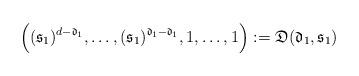
LaTeX: \begin{align*} \Big( ( \mathfrak{s}_1 )^{d- \mathfrak{d}_1 }, \dots, ( \mathfrak{s}_1 )^{\mathfrak{d}_1- \mathfrak{d}_1 }, 1, \dots, 1\Big):=\mathfrak{D}( \mathfrak{d}_1, \mathfrak{s}_1 ) \end{align*}